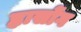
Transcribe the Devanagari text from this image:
ह्वासोंग